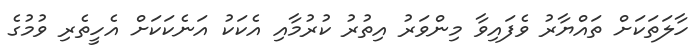
ހާލަތަކަށް ތައްޔާރު ވެފައިވާ މިންވަރު އިތުރު ކުރުމާއި އެކަކު އަނެކަކަށް އެހީތެރި ވުމުގެ